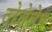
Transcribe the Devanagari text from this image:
ठरेलेलेच